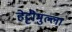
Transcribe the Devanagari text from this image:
हेट्टीमुल्ला